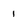
Character: 1